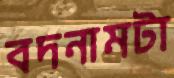
বদনামটা